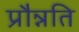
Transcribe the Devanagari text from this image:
प्रौन्नति